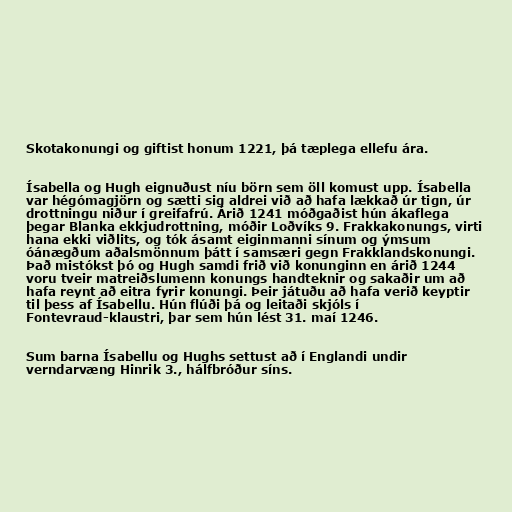
Skotakonungi og giftist honum 1221, þá tæplega ellefu ára.

Ísabella og Hugh eignuðust níu börn sem öll komust upp. Ísabella
var hégómagjörn og sætti sig aldrei við að hafa lækkað úr tign, úr
drottningu niður í greifafrú. Árið 1241 móðgaðist hún ákaflega
þegar Blanka ekkjudrottning, móðir Loðvíks 9. Frakkakonungs, virti
hana ekki viðlits, og tók ásamt eiginmanni sínum og ýmsum
óánægðum aðalsmönnum þátt í samsæri gegn Frakklandskonungi.
Það mistókst þó og Hugh samdi frið við konunginn en árið 1244
voru tveir matreiðslumenn konungs handteknir og sakaðir um að
hafa reynt að eitra fyrir konungi. Þeir játuðu að hafa verið keyptir
til þess af Ísabellu. Hún flúði þá og leitaði skjóls í
Fontevraud-klaustri, þar sem hún lést 31. maí 1246.

Sum barna Ísabellu og Hughs settust að í Englandi undir
verndarvæng Hinrik 3., hálfbróður síns.